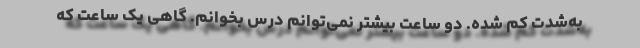
به‌شدت کم شده. دو ساعت بیشتر نمی‌توانم درس بخوانم. گاهی یک ساعت که